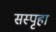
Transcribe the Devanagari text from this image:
सस्पृहा